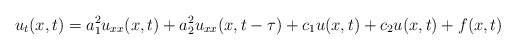
\begin{align*} u_{t}(x, t) = a_{1}^{2} u_{xx}(x, t) + a_{2}^{2} u_{xx}(x, t - \tau) + c_{1} u(x, t) + c_{2} u(x, t) + f(x, t) \end{align*}